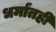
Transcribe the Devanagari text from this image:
धर्मांतही